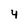
Character: 4